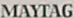
MAYTAG